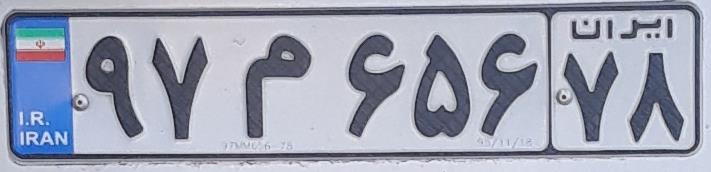
۹۷م۶۵۶۷۸